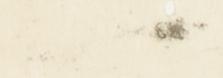
一